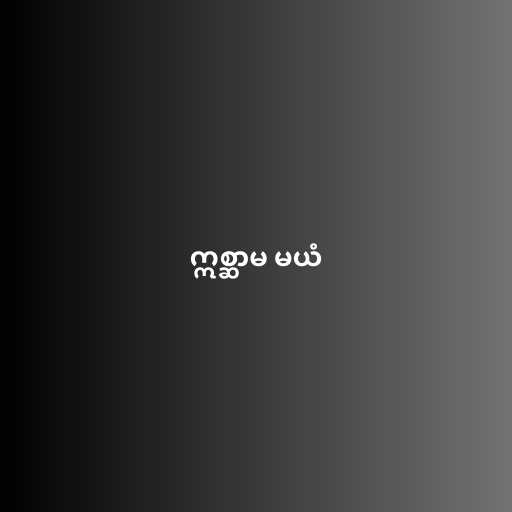
ဣစ္ဆာမ မယံ